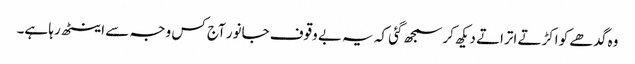
وہ گدھے کو اکڑتے اتراتے دیکھ کر سمجھ گئی کہ یہ بے وقوف جانور آج کس وجہ سے اینٹھ رہا ہے۔